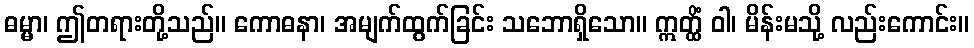
ဓမ္မာ၊ ဤတရားတို့သည်။ ကောဓနာ၊ အမျက်ထွက်ခြင်း သဘောရှိသော။ ဣတ္ထိံ ဝါ၊ မိန်းမသို့ လည်းကောင်း။